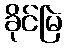
ခိုင်မြဲ